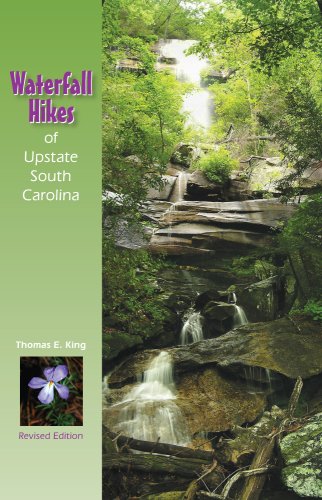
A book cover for Waterfall Hikes of Upstate South Carolina; Thomas E. King; Science & Math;